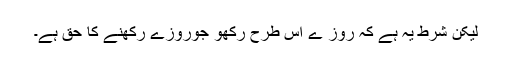
لیکن شرط یہ ہے کہ روز ے اس طرح رکھو جوروزے رکھنے کا حق ہے۔